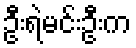
ဦးရဲမင်းဦးက